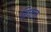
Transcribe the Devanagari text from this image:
रिफज